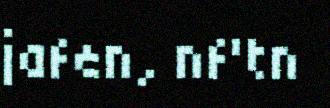
jafen, nf'tn